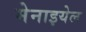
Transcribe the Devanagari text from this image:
मेनाइयेल